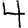
Digit: 4